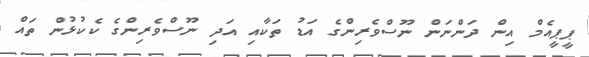
ޕީޕީއެމް އިން ދަންނަން ނޫސްވެރިންގެ އަޑު ތަކާއި އަދި ނޫސްވެރިންގެ ކެކުޅުން ތައް